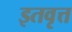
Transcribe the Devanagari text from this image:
इतवृत्त